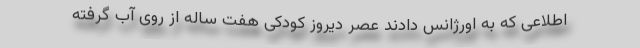
اطلاعی که به اورژانس دادند عصر دیروز کودکی هفت ساله از روی آب گرفته